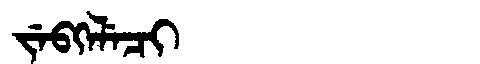
Manchu: ᠵᡝᠪᡴᡝᠯᡝᠴᡳ
Romanization: JEBKELECI